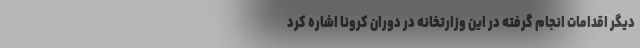
دیگر اقدامات انجام گرفته در این وزارتخانه در دوران کرونا اشاره کرد